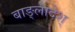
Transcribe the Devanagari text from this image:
बाङ्लादेश्